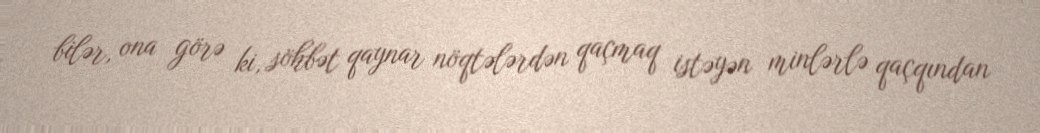
bilər, ona görə ki, söhbət qaynar nöqtələrdən qaçmaq istəyən minlərlə qaçqından